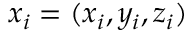
\boldsymbol { x } _ { i } = ( x _ { i } , y _ { i } , z _ { i } )